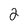
Character: 2